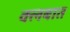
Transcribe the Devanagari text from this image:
क्लबात